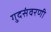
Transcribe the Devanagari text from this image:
गुदसंवरणी